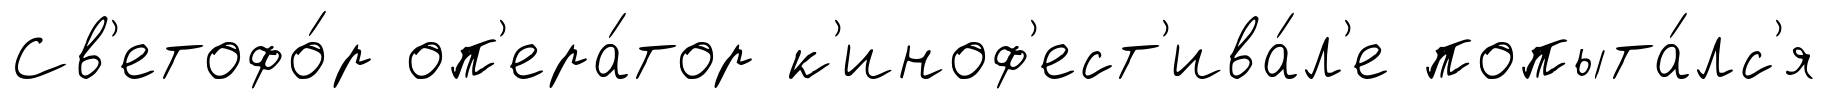
Св'етофо́р оп'ера́тор к'иноф'ест'ива́л'е попыта́лс'я